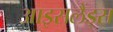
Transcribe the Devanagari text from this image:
आइसलैंड्स